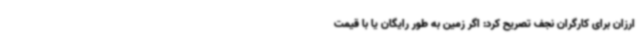
ارزان برای کارگران نجف تصریح کرد: اگر زمین به طور رایگان یا با قیمت